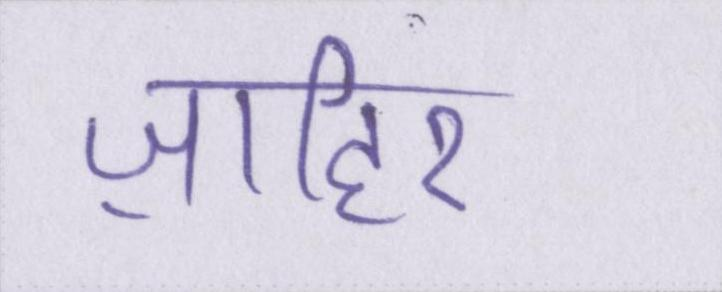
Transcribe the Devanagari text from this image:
ज़ाहिर